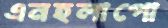
এনহলাপো